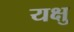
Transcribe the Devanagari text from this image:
यक्षु